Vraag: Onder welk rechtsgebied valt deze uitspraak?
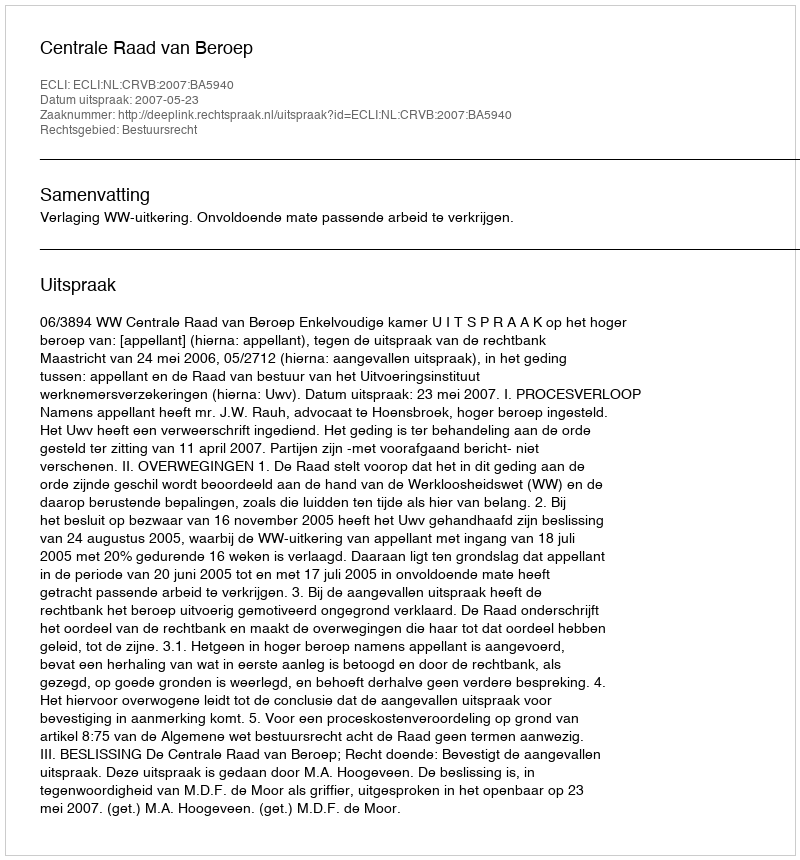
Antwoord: Bestuursrecht